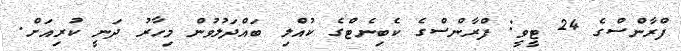
ފްރާންސްގެ 24 ޓީވީ: ފްރާންސްގެ ކެބިނެޓްގެ ކުއްލި ބައްދަލުވުން މިހާރު ދަނީ ކުރިއަށް.